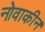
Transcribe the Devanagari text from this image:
नोवाकीन